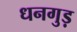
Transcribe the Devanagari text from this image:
धनगुड़